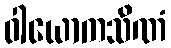
ဝါယောကသိဏံ